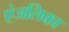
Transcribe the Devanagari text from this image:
एंजलिका